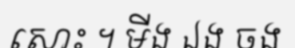
សោះ ។ មីង ឯង ចង